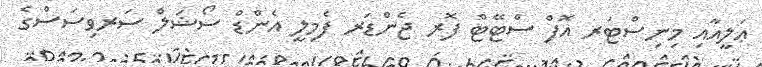
ޢަލީއާއި މިނިސްޓަރ އޮފް ސްޓޭޓް ފޮރ ޖެންޑަރ ފެމިލީ އެންޑް ސޯޝަލް ސަރވިސަސްގެ